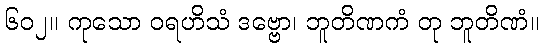
၆၀၂။ ကုသော ဝရဟိသံ ဒဗ္ဗော၊ ဘူတိဏကံ တု ဘူတိဏံ။